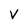
Character: v